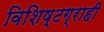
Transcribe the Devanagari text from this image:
विशिष्टग्राही